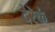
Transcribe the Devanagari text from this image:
देरेकं